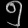
Digit: ၅